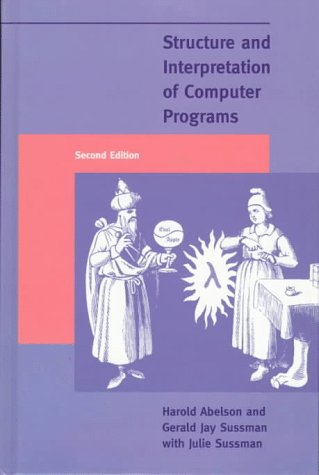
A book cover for Structure and Interpretation of Computer Programs, Second Edition; Harold Abelson; Computers & Technology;